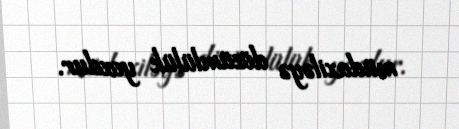
müdaxiləyə dözümlülük yoxdur.